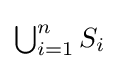
{\textstyle \bigcup _{i=1}^{n}S_{i}}